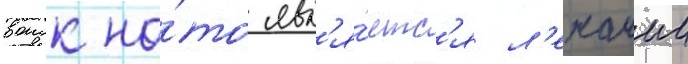
воиск на́то явл'я́етс'я л'ежачии